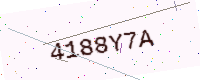
Text: 4188Y7A